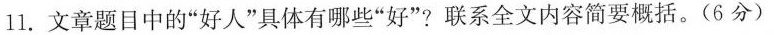
11.文章题目中的”好人”具体有哪些”好”?联系全文内容简要概括。(6分)